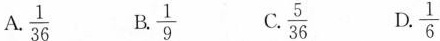
A. \frac{1}{36} B. \frac{1}{9} C. \frac{5}{36} D. \frac{1}{6}